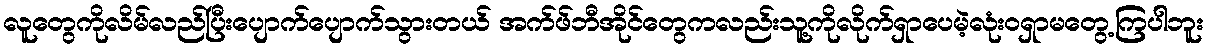
လူတွေကိုလိမ်လည်ပြီးပျောက်ပျောက်သွားတယ် အက်ဖ်ဘီအိုင်တွေကလည်းသူ့ကိုလိုက်ရှာပေမဲ့လုံးဝရှာမတွေ့ကြပါဘူး